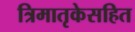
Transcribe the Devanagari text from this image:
त्रिमातृकेसहित